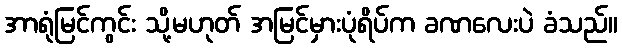
အာရုံမြင်ကွင်း သို့မဟုတ် အမြင်မှားပုံရိပ်က ခဏလေးပဲ ခံသည်။